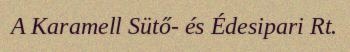
A Karamell Sütő- és Édesipari Rt.